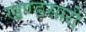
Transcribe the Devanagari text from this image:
खण्डसारी